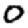
Digit: 0